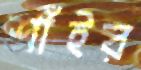
শাঁইর